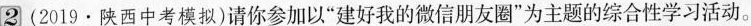
2 (2019·陕西中考模拟)请你参加以”建好我的微信朋友圈”为主题的综合性学习活动。